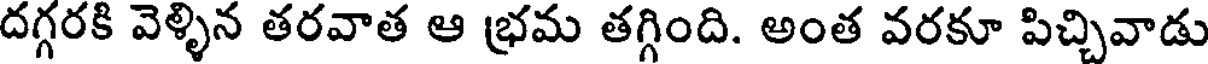
దగ్గరకి వెళ్ళిన తరవాత ఆ భ్రమ తగ్గింది. అంత వరకూ పిచ్చివాడు